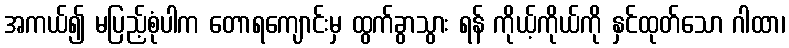
အကယ်၍ မပြည့်စုံပါက တောရကျောင်းမှ ထွက်ခွာသွား ရန် ကိုယ့်ကိုယ်ကို နှင်ထုတ်သော ဂါထာ၊